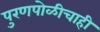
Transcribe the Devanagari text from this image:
पुरणपोळीचाही